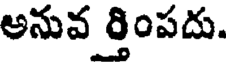
అనువ ర్తింపదు.